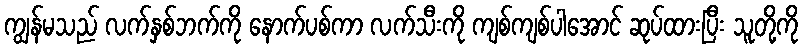
ကျွန်မသည် လက်နှစ်ဘက်ကို နောက်ပစ်ကာ လက်သီးကို ကျစ်ကျစ်ပါအောင် ဆုပ်ထားပြီး သူတို့ကို